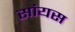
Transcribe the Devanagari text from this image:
सांयस